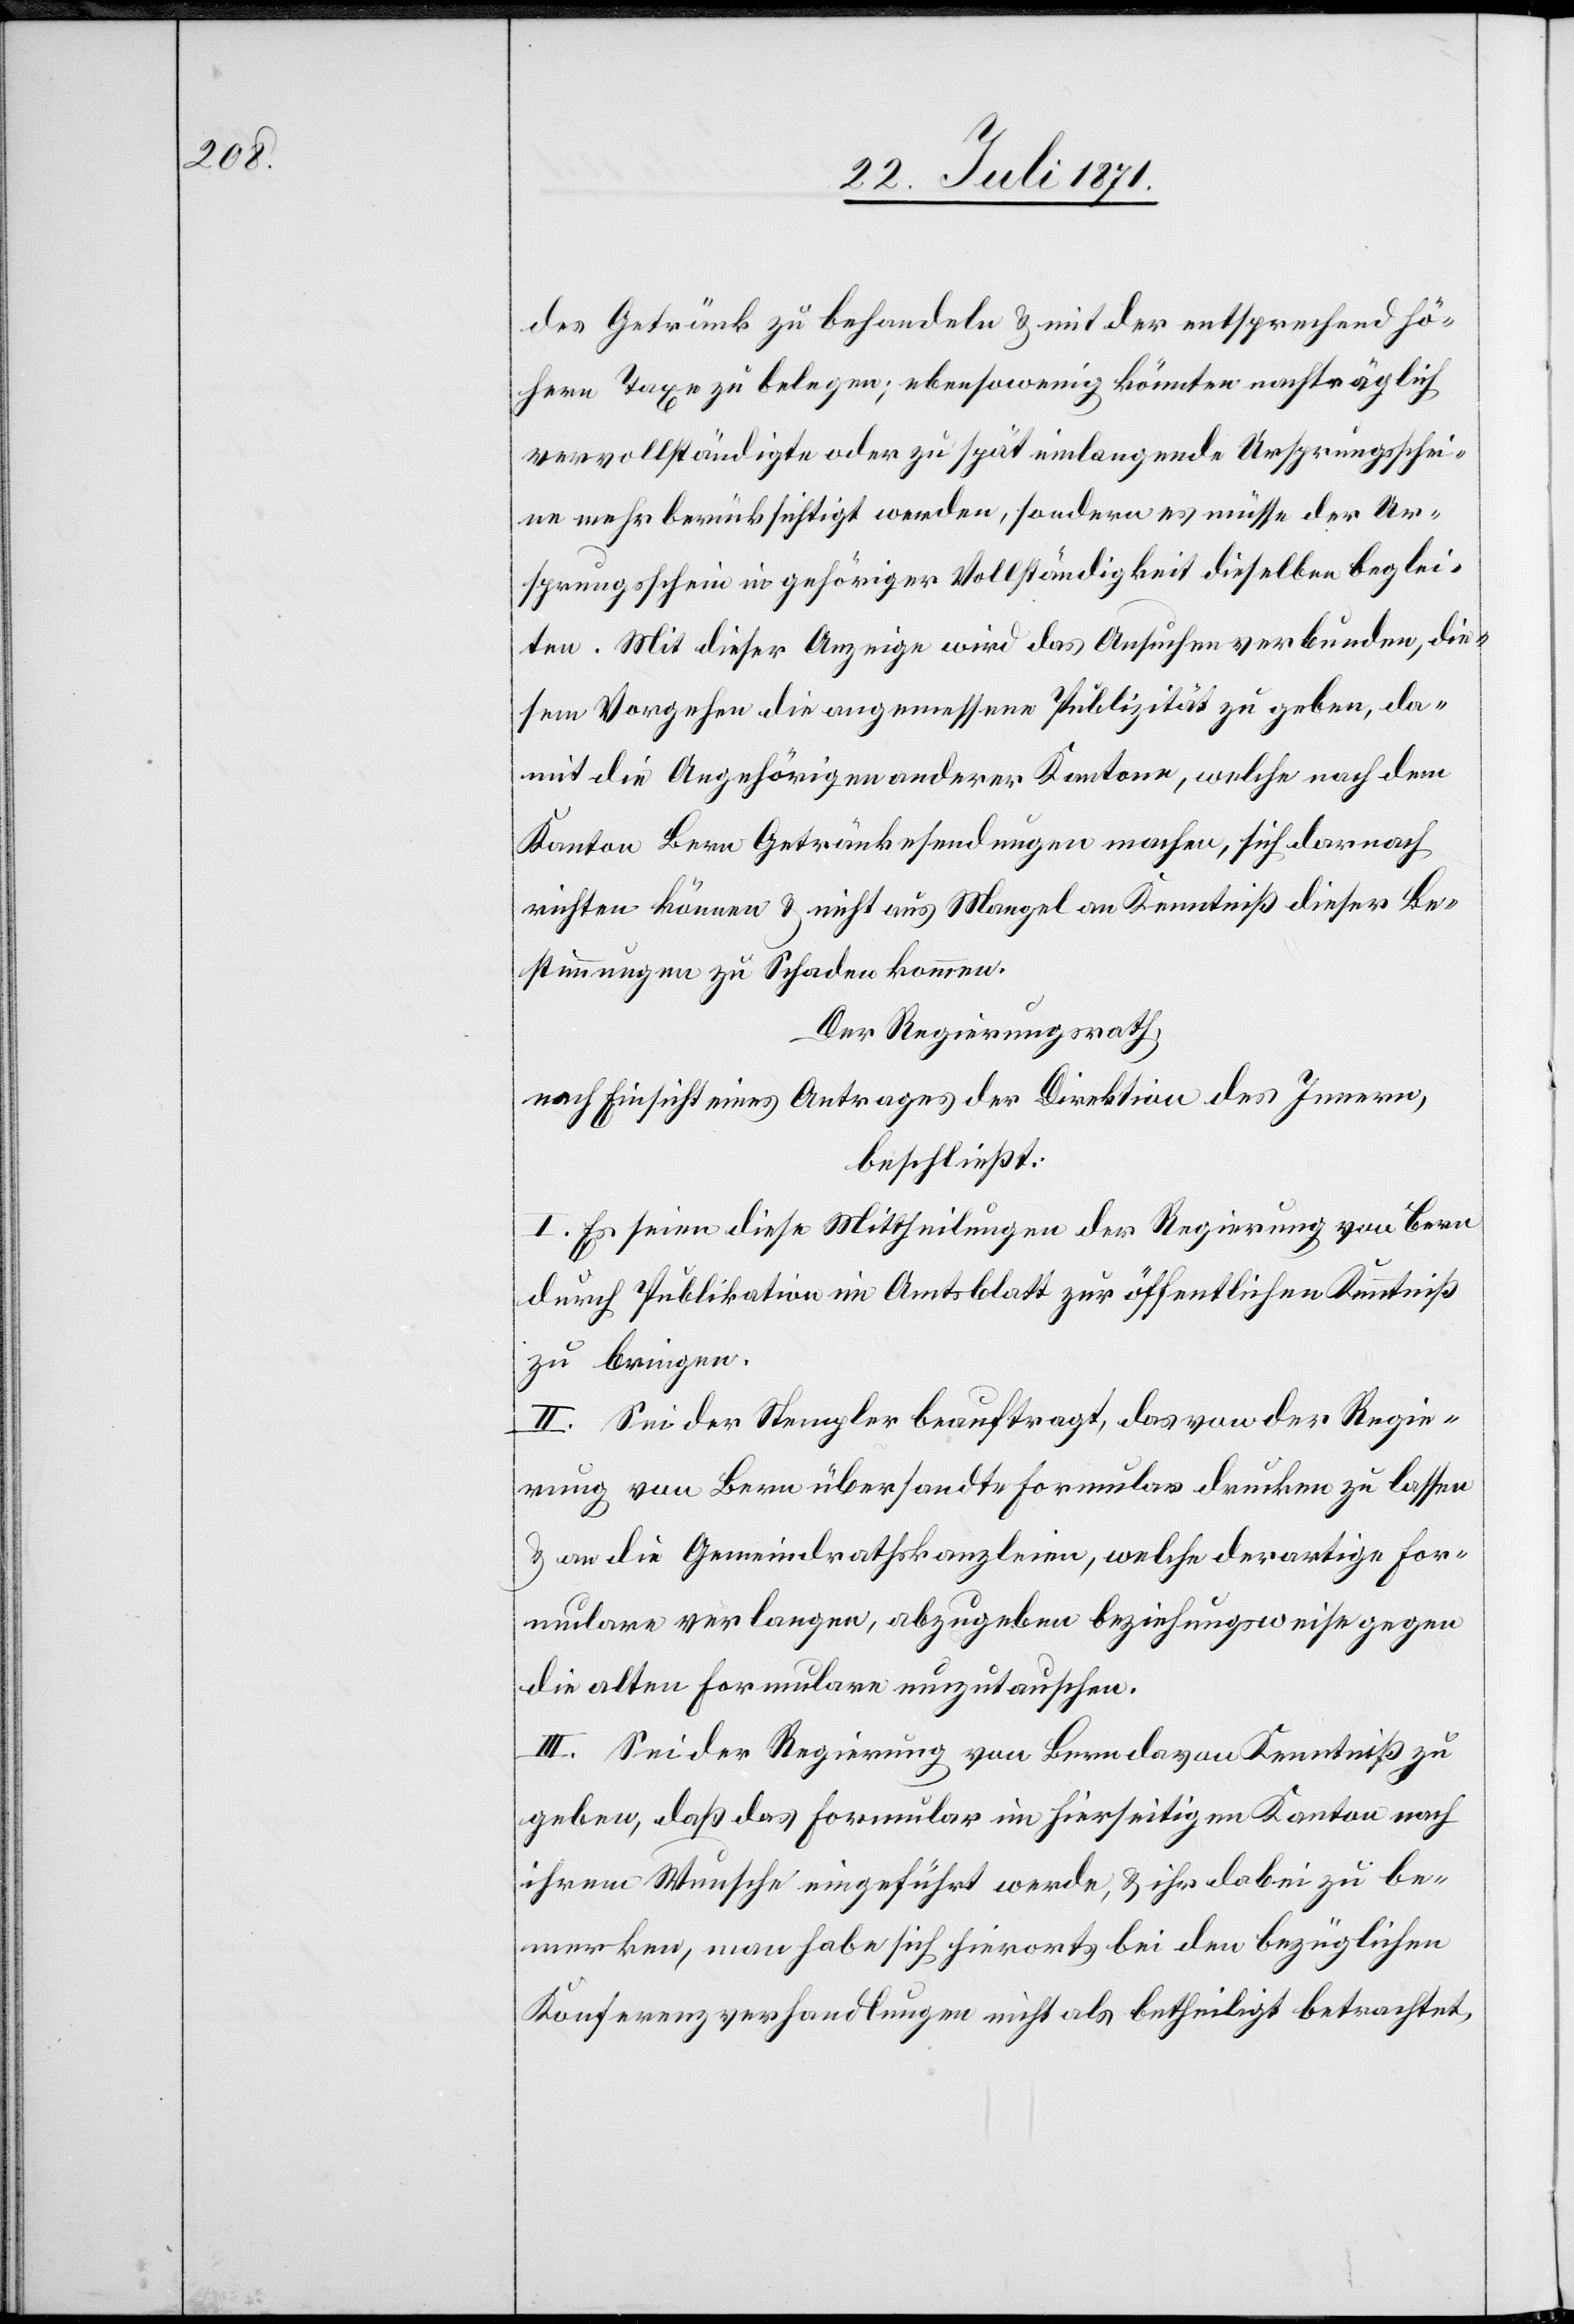
des Getränk zu behandeln u. mit der entsprechend hö¬
hern Taxe zu belegen; ebensowenig könnten nachträglich
vervollständigte oder zu spät einlangende Ursprungsschei¬
ne mehr berücksichtigt werden, sondern es müsse der Ur¬
sprungsschein in gehöriger Vollständigkeit dieselben beglei¬
ten. Mit dieser Anzeige wird das Ansuchen verbunden, die¬
sem Vorgehen die angemessene Publizität zu geben, da¬
mit die Angehörigen anderer Kantone, welche nach dem
Kanton Bern Getränkesendungen machen, sich darnach
richten können u. nicht aus Mangel an Kenntniß dieser Be¬
stimmungen zu Schaden kommen.
Der Regierungsrath,
nach Einsicht eines Antrages der Direktion des Innern,
beschließt:
I. Es seien diese Mittheilungen der Regierung von Bern
durch Publikation im Amtsblatt zur öffentlichen Kenntniß
zu bringen.
II. Sei der Stempler beauftragt, das von der Regie¬
rung von Bern übersandte Formular drucken zu lassen
u. an die Gemeindrathskanzleien, welche derartige For¬
mulare verlangen, abzugeben beziehungsweise gegen
die alten Formulare einzutauschen.
III. Sei der Regierung von Bern davon Kenntniß zu
geben, daß das Formular in hierseitigen Kanton nach
ihrem Wunsche eingeführt werde, u. ihr dabei zu be¬
merken, man habe sich hierorts bei den bezüglichen
Konferenzverhandlungen nicht als betheiligt betrachtet,